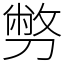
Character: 𠟈